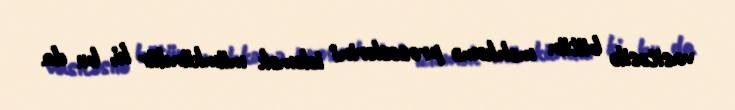
vasitəsilə bütün məhkəmə proseslərini izləmək mümkündür ki, bu da